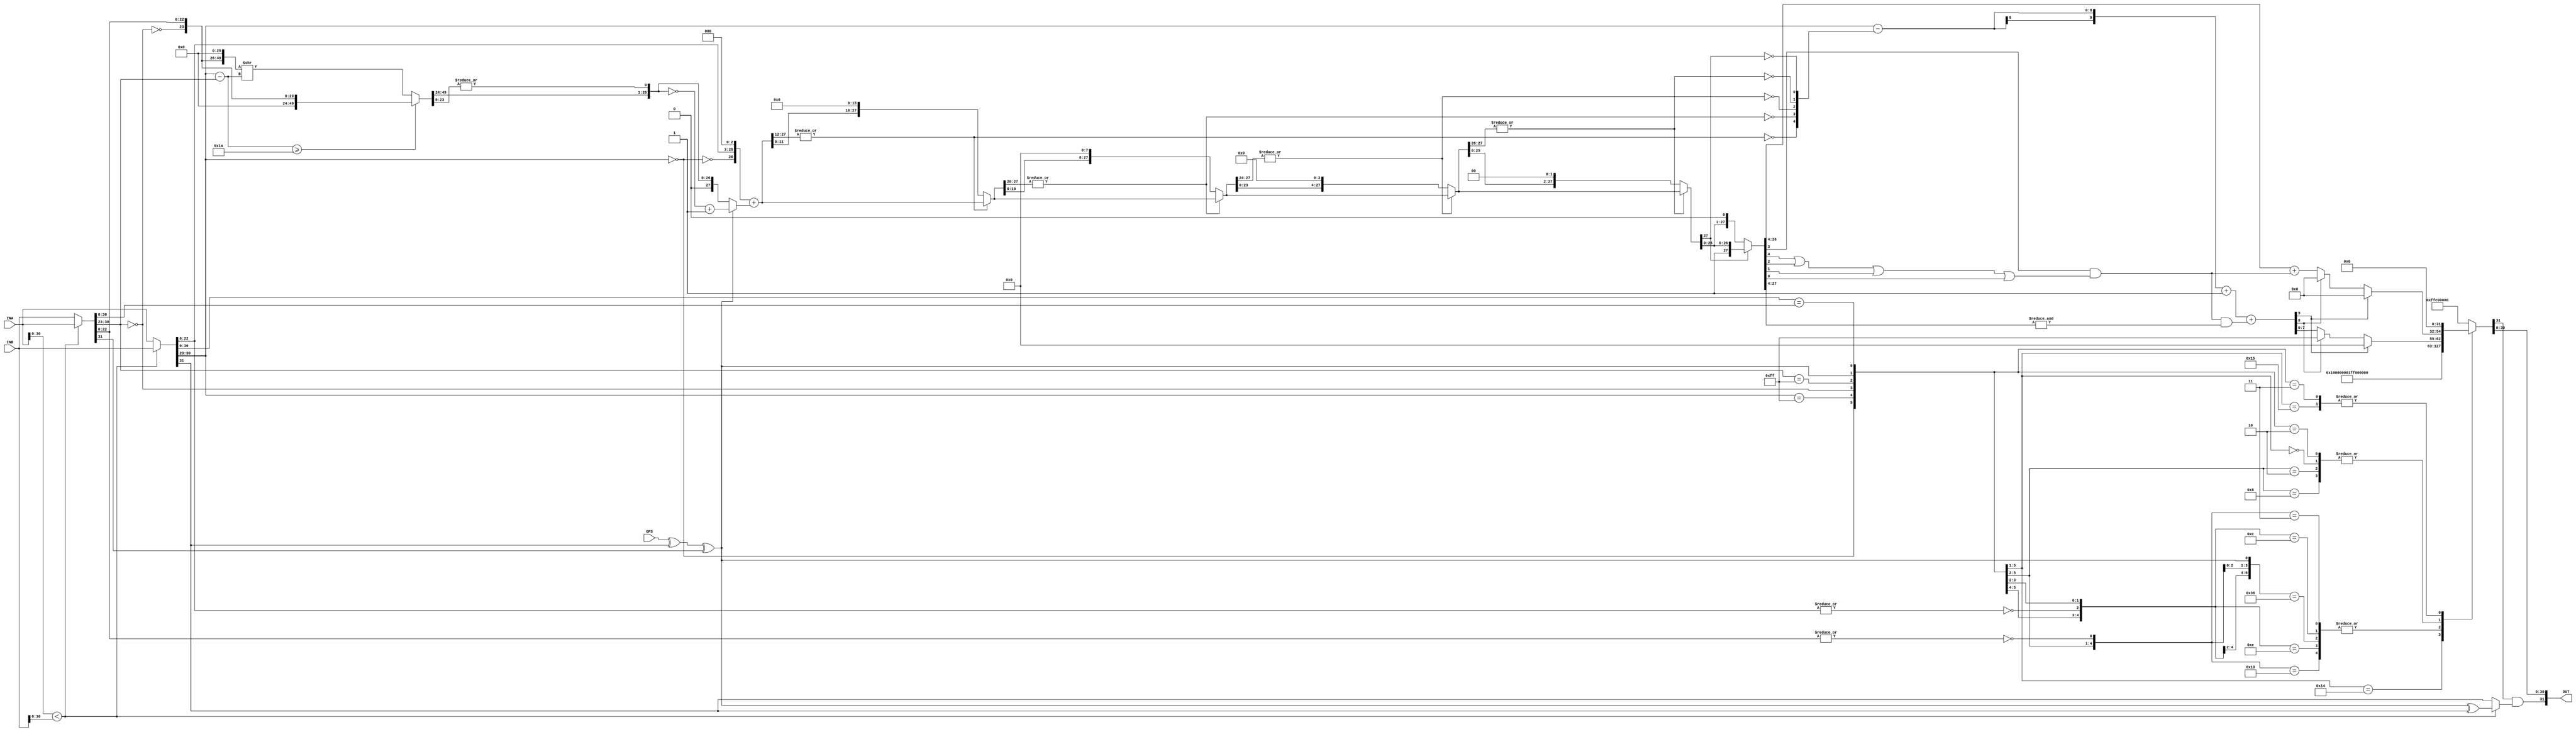

module FLOATING_32BIT_ADD_SUB #(
	parameter
		ZERO = {8'h00, 23'h000000},
		INF  = {8'hFF, 23'h000000},
		NAN  = {8'hFF, 23'h400000}
) (
	input  wire         OPS,
	input  wire [31:00] INA, INB,
	output wire [31:00] OUT
);

	wire         maxcomp = (INA[30:00] < INB[30:00]);
	wire [31:00] float_l = (maxcomp) ? INB : INA;
	wire [31:00] float_s = (maxcomp) ? INA : INB;

	wire  ops = OPS ^ float_l[31] ^ float_s[31];
	wire sign = (maxcomp) ? ops ^ float_l[31] : float_l[31];

	wire eq_mag = (   float_l[30:00] == float_s[30:00]);
	wire exp00l = (   float_l[30:23] == 8'h00         );
	wire exp00s = (   float_s[30:23] == 8'h00         );
	wire expffl = (   float_l[30:23] == 8'hFF         );
	wire expffs = (   float_s[30:23] == 8'hFF         );
	wire snf_0l =   ~|float_l[22:00];
	wire snf_0s =   ~|float_s[22:00];

	wire [07:00] exp_dif = float_l[30:23] - float_s[30:23];
	wire		 exp_u26 = ( exp_dif >= 8'd26 );
	wire [49:00] snf_psf = ( exp_u26 ) ? { 26'h0000000, ~exp00s, float_s[22:00] } : ( { ~exp00s, float_s[22:00], 26'h0000000 } >> exp_dif );
	wire		 stk_psf = |snf_psf[23:00];
	wire [27:00] snf_ais = { 1'b0, snf_psf[49:24], stk_psf };
	wire [27:00] snf_ail = { 1'b0, ~exp00l, float_l[22:00], 3'h0 };
	wire [07:00] exp_ail = float_l[30:23];
	
	wire [27:00] snf_2cs = ( ops ) ? ~snf_ais + 1'b1 :snf_ais ;
	wire [27:00] snf_res = snf_ail + snf_2cs ;

	wire	[04:00] exp_usf ; 
	assign			exp_usf[04]	= ~|snf_res[27:12];
	wire	[27:00] snf_st4	    = ( ~exp_usf[04] ) ? snf_res[27:00] : { snf_res[11:00],16'h0000 };
	assign			exp_usf[03]	= ~|snf_st4[27:20];
	wire	[27:00] snf_st3		= ( ~exp_usf[03] ) ? snf_st4[27:00] : { snf_st4[19:00], 8'h00   };
	assign			exp_usf[02]	= ~|snf_st3[27:24];
	wire	[27:00] snf_st2		= ( ~exp_usf[02] ) ? snf_st3[27:00] : { snf_st3[23:00], 4'h0   	};
	assign			exp_usf[01]	= ~|snf_st2[27:26];
	wire	[27:00] snf_st1		= ( ~exp_usf[01] ) ? snf_st2[27:00] : { snf_st2[25:00], 2'h0 	};
	assign			exp_usf[00]	= ~|snf_st1[27] ;
	wire	[27:00] snf_st0		= ( ~exp_usf[00] ) ? snf_st1[27:00] : { snf_st1[26:00], 1'h0 	};
	wire	[09:00] exp_st0		= exp_ail - exp_usf + 1'b1;

	wire b_ulp	 = snf_st0[04];
	wire b_uulp1 = snf_st0[03];
	wire b_uulp2 = snf_st0[02];
	wire b_uulp3 = snf_st0[01];
	wire b_uulp4 = snf_st0[00];

	wire all_1  = &snf_st0[27:04];
	wire en_inc = b_uulp1 & ( b_ulp | b_uulp2 | b_uulp3 | b_uulp4 );
	
	wire [23:00] snf_5a = snf_st0[27:04] + en_inc;
	wire [09:00] exp_5a = exp_st0 + ( en_inc & all_1 ) ;

	wire [22:00] snf_6a	= ( exp_5a[09] ) ? 23'h000000 : 
						  ( exp_5a[08] ) ? 23'h000000 : snf_5a[22:00];
	wire [07:00] exp_6a	= ( exp_5a[09] ) ? 8'h00	  : 
	                  	  ( exp_5a[08] ) ? 8'hff      : exp_5a[07:00];

	function [31:00] fexcpt ;
		input exp00a ,exp00b ;
		input expffa ,expffb ;
		input snf_0a ,snf_0b ;
		input op_sub ,eq_mag ;
		input [30:00] nom_in ;
		casex ( { exp00a, expffa, snf_0a, exp00b, expffb, snf_0b, op_sub, eq_mag } )
			8'b10x_10x_0x : fexcpt = {1'b1,ZERO	  }; // 0   +  0   = 0
			8'b10x_10x_1x : fexcpt = {1'b0,ZERO	  }; // 0    - 0   = 0
			8'b10x_011_xx : fexcpt = {1'b1,INF    }; // 0   +- inf = inf
			8'b10x_010_xx : fexcpt = {1'b1,NAN    }; // 0   +- NaN = NaN
			8'b10x_00x_xx : fexcpt = {1'b1,nom_in }; // 0   +- nom = nom
			8'b011_10x_xx : fexcpt = {1'b1,INF    }; // inf +- 0   = inf
			8'b011_011_0x : fexcpt = {1'b1,INF    }; // inf +  inf = inf
			8'b011_011_1x : fexcpt = {1'b1,NAN    }; // inf  - inf = NaN
			8'b011_010_xx : fexcpt = {1'b1,NAN    }; // inf +- NaN = NaN
			8'b011_00x_xx : fexcpt = {1'b1,INF    }; // inf +- nom = inf
			8'b010_xxx_xx : fexcpt = {1'b1,NAN    }; // NaN +- any = NaN
			8'b00x_10x_xx : fexcpt = {1'b1,nom_in }; // nom +- 0   = nom
			8'b00x_011_xx : fexcpt = {1'b1,INF    }; // nom +- inf = inf
			8'b00x_010_xx : fexcpt = {1'b1,NAN    }; // nom +- NaN = NaN
			8'b00x_00x_0x : fexcpt = {1'b1,nom_in }; // nom +  nom = nom
			8'b00x_00x_10 : fexcpt = {1'b1,nom_in }; // nom  - nom = nom
			8'b00x_00x_11 : fexcpt = {1'b0,ZERO   }; // nom  - nom = 0
			default 	  : fexcpt = {1'b1,NAN    }; // error      = NaN
		endcase
	endfunction

	wire [22:00] snf_7a;
	wire [07:00] exp_7a;
	wire         en_sin ;
	assign {en_sin, exp_7a, snf_7a} = fexcpt(exp00l, exp00s, expffl, expffs, snf_0l, snf_0s, ops, eq_mag, {exp_6a, snf_6a});

	wire [22:00] fl_snf = snf_7a;
	wire [07:00] fl_exp = exp_7a;
	wire         fl_sin = en_sin & sign;

	assign OUT = {fl_sin, fl_exp, fl_snf};

endmodule

module FLOATING_32BIT_ADD (
    input  wire [31:0] INA, INB,
    output wire [31:0] OUT
);

    FLOATING_32BIT_ADD_SUB uADD(.OPS(1'b0), .INA(INA), .INB(INB), .OUT(OUT));

endmodule

module FLOATING_32BIT_SUB (
    input  wire [31:0] INA, INB,
    output wire [31:0] OUT
);

    FLOATING_32BIT_ADD_SUB uSUB(.OPS(1'b1), .INA(INA), .INB(INB), .OUT(OUT));

endmodule

module FLOATING_32BIT_MUL #(
	parameter
		OFST = 127,
		ZERO = {8'h00, 23'h000000},
		INF  = {8'hFF, 23'h000000},
		NAN  = {8'hFF, 23'h400000}
) (
	input  wire [31:0] INA, INB,
    output wire [31:0] OUT
);

	wire exp00a = (   INA[30:23] == 8'h00 );
	wire exp00b = (   INB[30:23] == 8'h00 );
	wire expffa = (   INA[30:23] == 8'hFF );
	wire expffb = (   INB[30:23] == 8'hFF );
	wire snf_0a =   ~|INA[22:00];
	wire snf_0b =   ~|INB[22:00];

	wire [47:00] snf_1a = { ~exp00a, INA[22:00] } * { ~exp00b, INB[22:00] };
	wire [09:00] exp_1a = INA[30:23] + INB[30:23] - OFST;
	wire         sin_1a = INA[31] ^ INB[31];

	wire [47:21] snf_2a = { snf_1a[47:22], (|snf_1a[21:00]) };
	wire [46:20] snf_2b = ( snf_1a[47] ) ? snf_2a[47:21] : { snf_2a[46:21],1'b0 };
	wire [09:00] exp_2a = exp_1a + snf_1a[47] ;

	wire b_least = snf_2b[23];
	wire b_guard = snf_2b[22];
	wire b_round = snf_2b[21];
	wire b_stiky = snf_2b[20];
	wire all_1   = &snf_2a[46:24] ;
	wire en_inc  = b_guard & ( b_least | b_round | b_stiky );

	wire [23:00] snf_3a = snf_2b[46:23]	+ en_inc;
	wire [09:00] exp_3a = exp_2a + ( en_inc & all_1 ) ;
    wire [22:00] snf_4a = ( exp_3a[09] ) ? 23'h000000 :
						  ( exp_3a[08] ) ? 23'h000000 : snf_3a[22:00];
	wire [07:00] exp_4a = ( exp_3a[09] ) ? 8'h00 :
						  ( exp_3a[08] ) ? 8'hff : exp_3a[07:00];

	function [30:00] fexcpt;
		input exp00a, exp00b;
		input expffa, expffb;
		input snf_0a, snf_0b;
		input [30:00] nom_in;
		casex ({ exp00a, expffa, snf_0a, exp00b, expffb, snf_0b })
			6'b10x_10x : fexcpt = ZERO	;	// 0   * 0   = 0
			6'b10x_011 : fexcpt = NAN	;	// 0   * INF = NAN
			6'b10x_010 : fexcpt = NAN	;	// 0   * NAN = NAN
			6'b10x_00x : fexcpt = ZERO	;	// 0   * nom = 0
			6'b011_10x : fexcpt = NAN	;	// INF * 0   = NAN
			6'b011_011 : fexcpt = INF	;	// INF * INF = INF
			6'b011_010 : fexcpt = NAN	;	// INF * NAN = NAN
			6'b011_00x : fexcpt = INF	;	// INF * nom = INF
			6'b010_xxx : fexcpt = NAN	;	// NAN * any = NAN
			6'b00x_10x : fexcpt = ZERO	;	// nom * 0   = 0
			6'b00x_011 : fexcpt = INF	;	// nom * INF = INF
			6'b00x_010 : fexcpt = NAN	;	// nom * NAN = NAN
			6'b00x_00x : fexcpt = nom_in;	// nom * nom = nom
			default    : fexcpt = NAN	;	// error     = NAN
		endcase
	endfunction

	wire [22:00] snf_5a;
	wire [07:00] exp_5a;
	assign {exp_5a,snf_5a} = fexcpt	(exp00a, exp00b, expffa, expffb, snf_0a, snf_0b, {exp_4a, snf_4a});

    wire [22:00] fl_snf = snf_5a;
	wire [07:00] fl_exp = exp_5a;
	wire fl_sin = sin_1a;

	assign OUT = {fl_sin, fl_exp, fl_snf} ;					  

endmodule

module FLOATING_32BIT_DIV #(
	parameter
		OFST = 127,
		ZERO = {8'h00, 23'h000000},
		INF  = {8'hFF, 23'h000000},
		NAN  = {8'hFF, 23'h400000}
) (
	input  wire [31:0] INA, INB,
    output wire [31:0] OUT
);

	wire exp00a = ( INA[30:23] == 8'h00 );
	wire exp00b = ( INB[30:23] == 8'h00 );
	wire expffa = ( INA[30:23] == 8'hff );
	wire expffb = ( INB[30:23] == 8'hff );
	wire snf_0a = ~|INA[22:00];
	wire snf_0b = ~|INB[22:00];

	wire [49:00] snf_1a	= ( { ~exp00a,INA[22:00] } << 25 ) / { ~exp00b,INB[22:00] };
	wire [09:00] exp_1a	= INA[30:23] - INB[30:23] + OFST;
	wire 		 sin_1a = INA[31] ^ INB[31];

	wire [26:00] snf_2a = ( snf_1a[25] ) ? { snf_1a,1'b1 } : { snf_1a[24:00],2'b11 };
	wire [09:00] exp_2a = exp_1a - !snf_1a[25];

	wire b_least = snf_2a[03];
	wire b_guard = snf_2a[02];
	wire b_round = snf_2a[01];
	wire b_stiky = snf_2a[00];

	wire all_1  = &snf_2a[26:03];
	wire en_inc = b_guard & ( b_least | b_round | b_stiky);

	wire [23:00] snf_3a = snf_2a[26:03] +   en_inc;
	wire [09:00] exp_3a = exp_2a		+ ( en_inc & all_1 );
	wire [22:00] snf_4a = ( exp_3a[09] ) ? 23'h000000 :
						  ( exp_3a[08] ) ? 23'h000000 : snf_3a[22:00];
	wire [07:00] exp_4a = ( exp_3a[09] ) ? 8'h00 :
						  ( exp_3a[08] ) ? 8'hff : exp_3a[07:00];

	function [30:00] fexcpt;
		input exp00a, exp00b;
		input expffa, expffb;
		input snf_0a, snf_0b;
		input [30:00] nom_in;
		casex ({ exp00a, expffa, snf_0a, exp00b, expffb, snf_0b })
		 6'b10x_10x : fexcpt = NAN	  ;	// 0   / 0   = NAN
		 6'b10x_011 : fexcpt = ZERO	  ;	// 0   / INF = 0
		 6'b10x_010 : fexcpt = NAN	  ;	// 0   / NAN = NAN
		 6'b10x_00x : fexcpt = ZERO	  ;	// 0   / nom = 0
		 6'b011_10x : fexcpt = INF	  ;	// INF / 0   = INF
		 6'b011_011 : fexcpt = NAN	  ;	// INF / INF = NAN
		 6'b011_010 : fexcpt = NAN	  ;	// INF / NAN = NAN
		 6'b011_00x : fexcpt = INF	  ;	// INF / nom = INF
		 6'b010_xxx : fexcpt = NAN	  ;	// NAN / any = NAN
		 6'b00x_10x : fexcpt = INF	  ;	// nom / 0   = INF
		 6'b00x_011 : fexcpt = ZERO	  ;	// nom / INF = 0
		 6'b00x_010 : fexcpt = NAN	  ;	// nom / NAN = NAN
		 6'b00x_00x : fexcpt = nom_in ;	// nom / nom = nom
		 default	: fexcpt = NAN	  ;	// error     = NAN
		endcase
	endfunction

	wire [22:00] snf_5a;
	wire [07:00] exp_5a;
	assign {exp_5a, snf_5a} = fexcpt(exp00a, exp00b, expffa, expffb, snf_0a, snf_0b, {exp_4a, snf_4a});

	wire [22:00] fl_snf = snf_5a;
	wire [07:00] fl_exp = exp_5a;
	wire fl_sin = sin_1a;

	assign OUT = { fl_sin, fl_exp, fl_snf };

endmodule